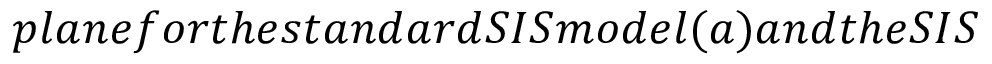
p l a n e f o r t h e s t a n d a r d S I S m o d e l ( a ) a n d t h e S I S